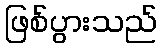
ဖြစ်ပွားသည်